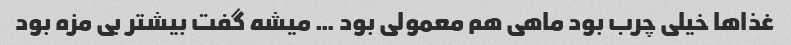
غذاها خیلی چرب بود ماهی هم معمولی بود … میشه گفت بیشتر بی مزه بود